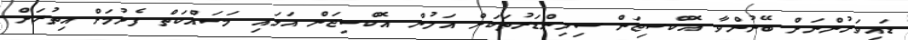
ޑައިވަރުންނަށް ބޭނުންވާ އޮކްސިޖަން ސިލިންޑަރުތަކަށް އަލުން އޮކްސިޖަން އަޅައި މަސައްކަތް ފެށުމަށް އިތުރަށް